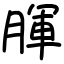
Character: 腪